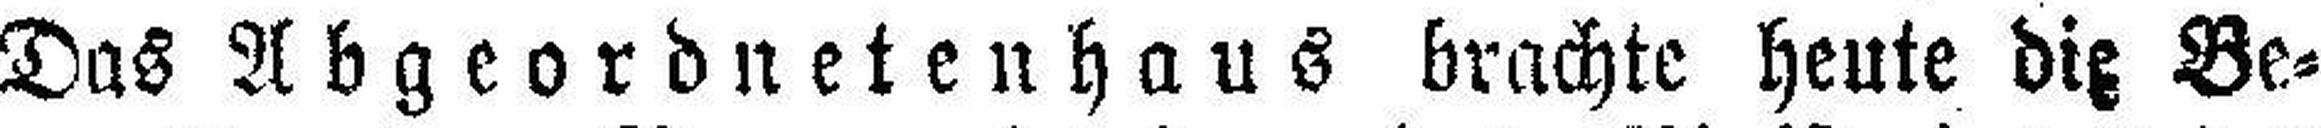
Das Abgeordnetenhaus brachte heute die Be¬